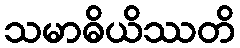
သမာဓိယိဿတိ